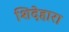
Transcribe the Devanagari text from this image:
शिदेहारा